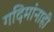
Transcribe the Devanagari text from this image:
गदिमांनाही